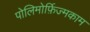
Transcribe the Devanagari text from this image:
पोलिमोर्फ़िज्मकाम